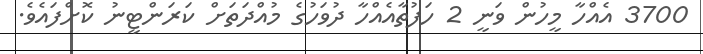
3700 އެއްހާ މީހުން ވަނީ 2 ހަފުތާއެއްހާ ދުވަހުގެ މުއްދަތަށް ކަރަންޓީނު ކޮށްފައެވެ.